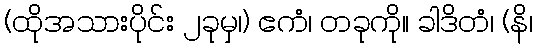
(ထိုအသားပိုင်း ၂ခုမှ၊) ဧကံ၊ တခုကို။ ခါဒိတံ၊ (နိ၊